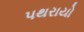
પથરાયો